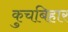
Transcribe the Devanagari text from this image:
कुचबिहार